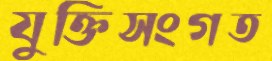
যুক্তিসংগত